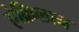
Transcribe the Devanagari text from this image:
ऐक्रिलान